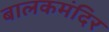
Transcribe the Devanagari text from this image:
बालकमंदिर